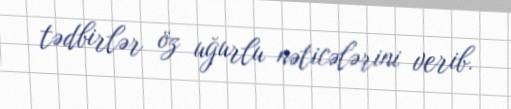
tədbirlər öz uğurlu nəticələrini verib.